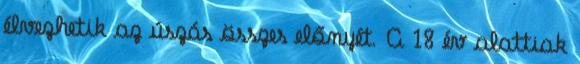
élvezhetik az úszás összes előnyét. A 18 év alattiak